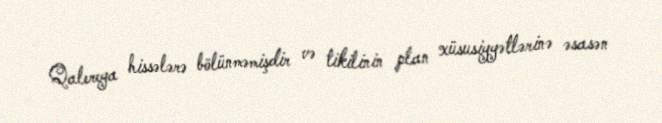
Qalereya hissələrə bölünməmişdir və tikilinin plan xüsusiyyətlərinə əsasən